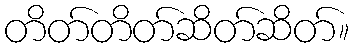
တိတ်တိတ်ဆိတ်ဆိတ်။